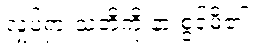
လှုပ်ရှားသံတို့ကို နားစွင့်မိ၏။